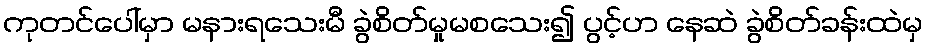
ကုတင်ပေါ်မှာ မနားရသေးမီ ခွဲစိတ်မှုမစသေး၍ ပွင့်ဟ နေဆဲ ခွဲစိတ်ခန်းထဲမှ